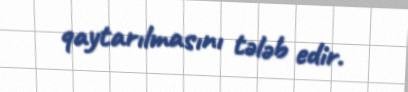
qaytarılmasını tələb edir.